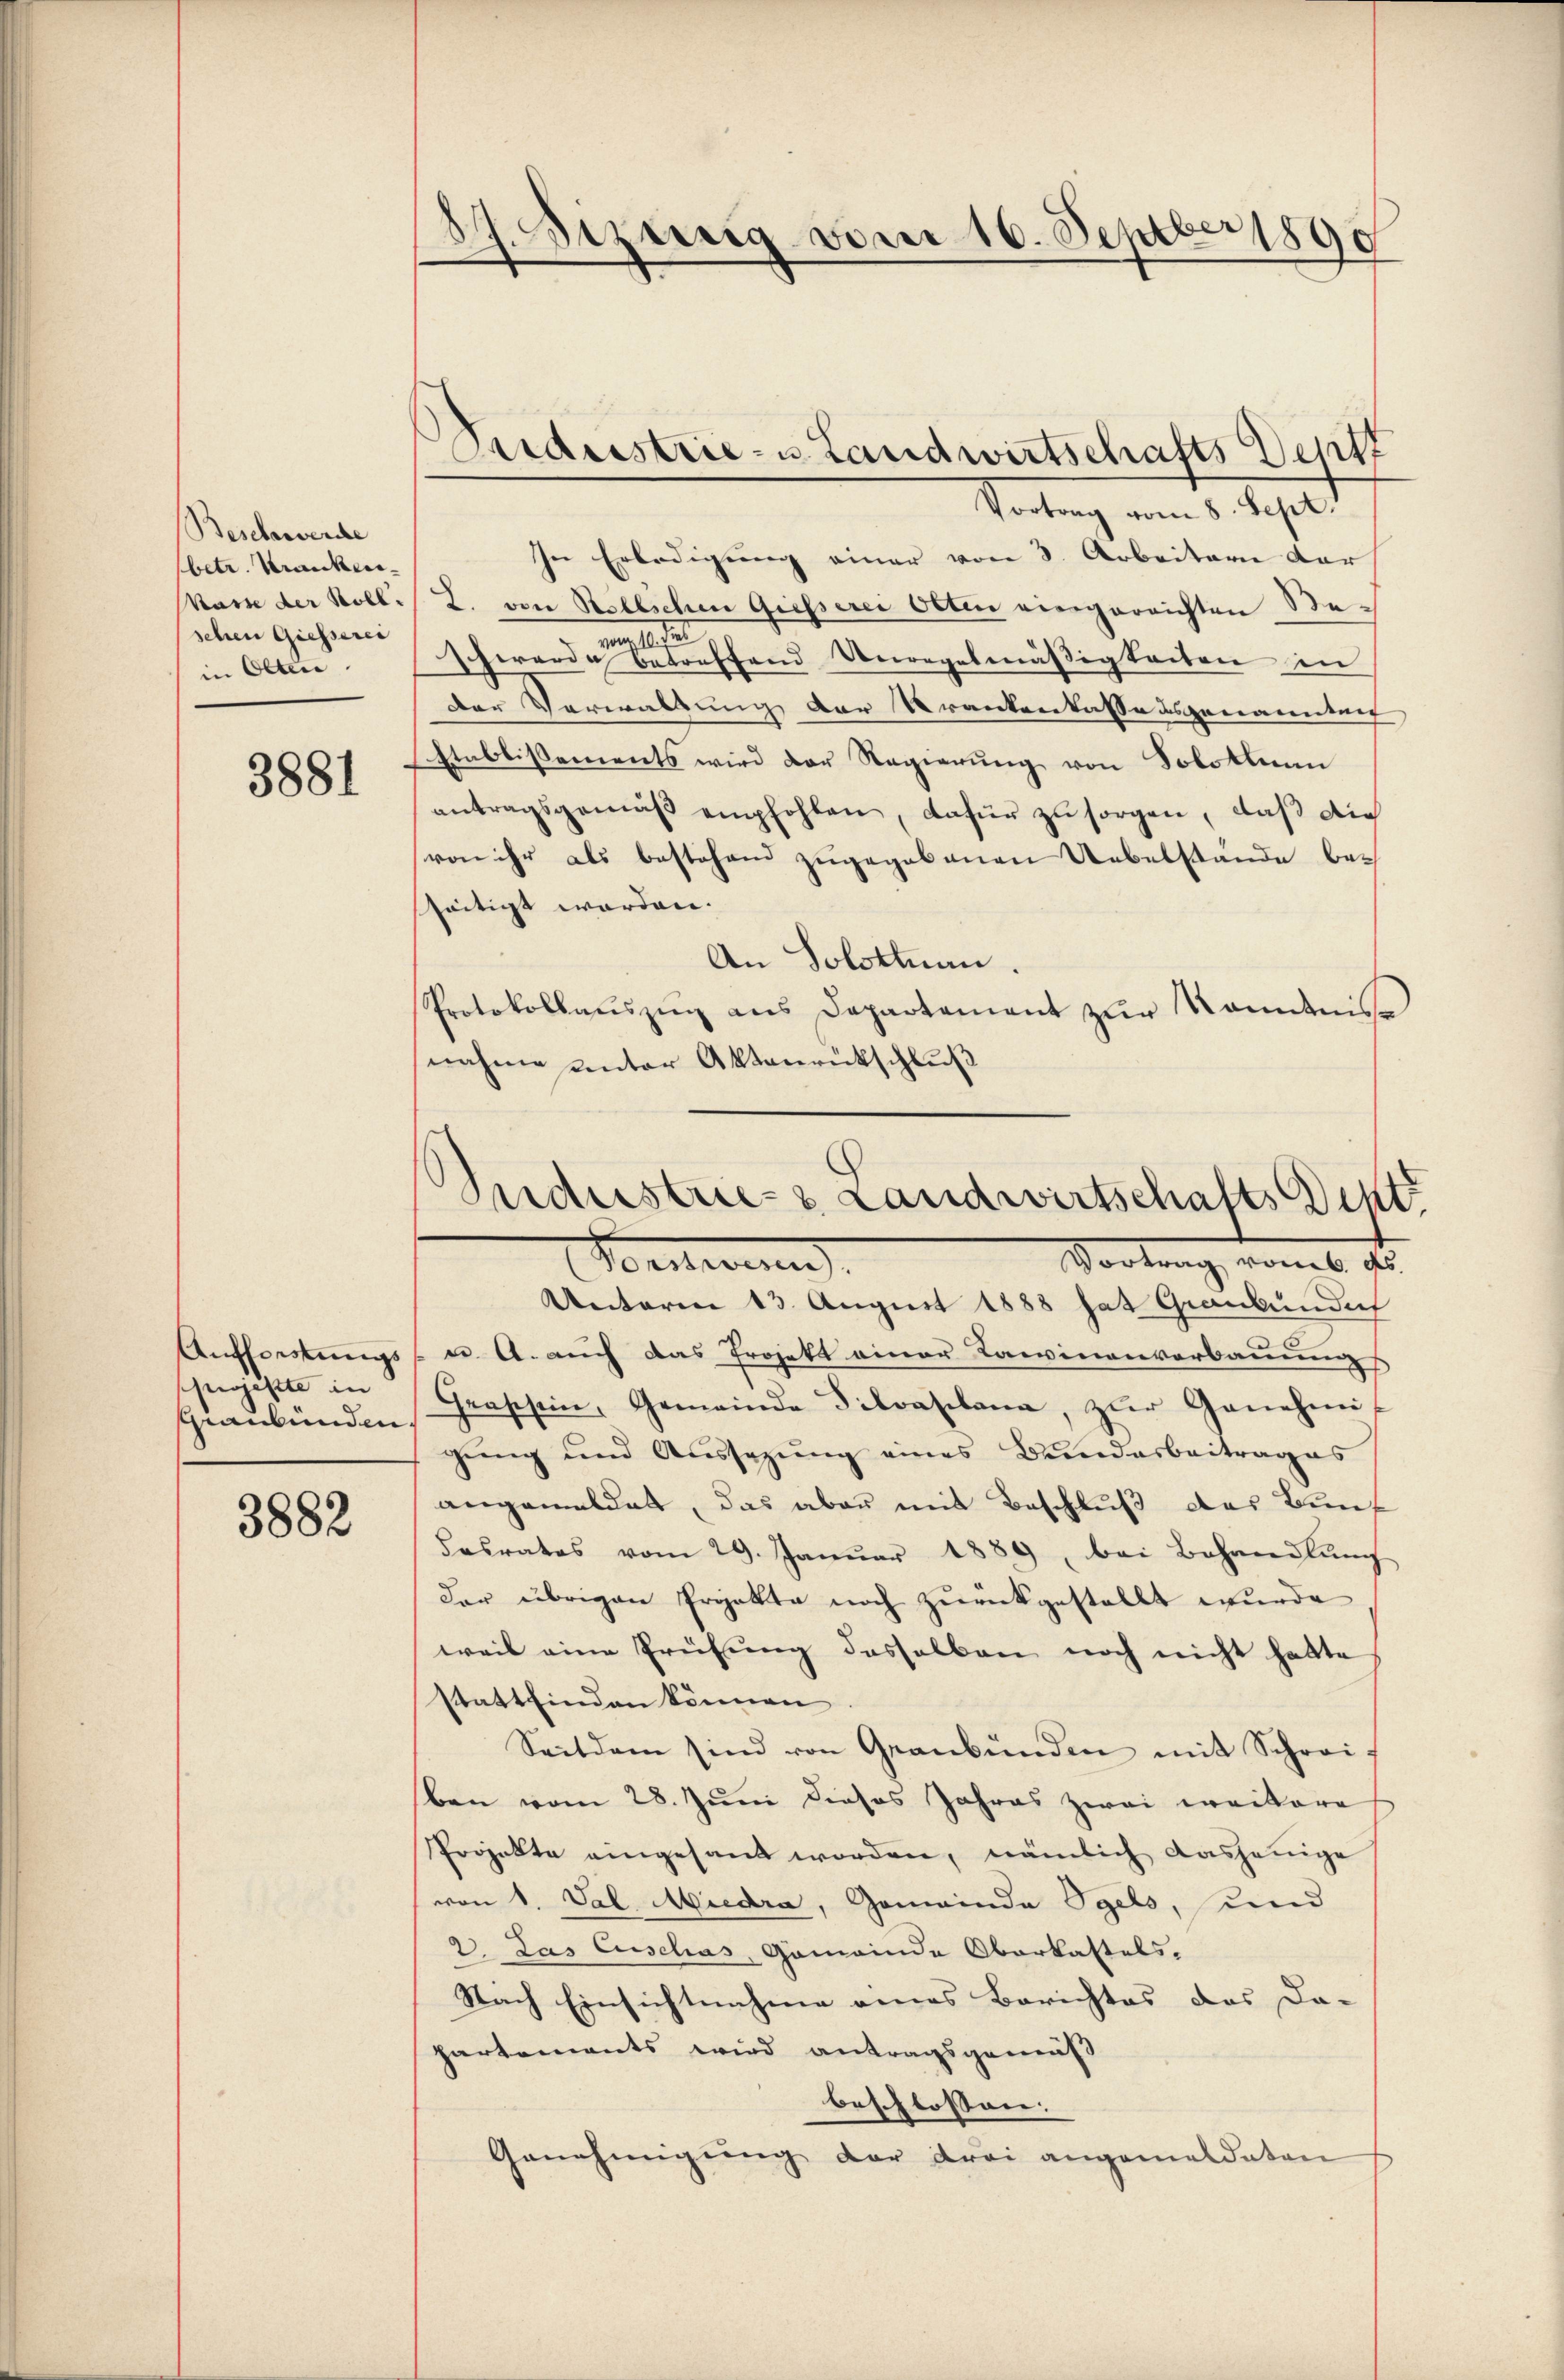
Beschwerde
betr. Kranken
kasse der Koll
sehen Giesserei
in Olten

3881

Aufforstungs
projekte in
Graubünden

3882

8. Sizung vom 16. Septer 1890

Sardistrie- u Landwirtschafts Deptt

Vortrag vom 8. Sept.
In Erledigŭng einer von 3. Arbeitern dar
L. von Rellschen Giesserei Otten eingereichten Bee
n
Schwerde betreffend Unregelmäßigkeiten in
Der Verwaltung der Krankenkassausgenannten
Etablissements wird der Regierŭng von Solothurn
antragsgemäß empfohlen, dafür zu sorgen, daß die
von ihr als bestehend zugegebenen Uebelstände be-
szeitigt worden.
An Solothurn
Protokollaŭszŭg ans Departement zŭr Kenntnis-
nahme unter Aktenrückschluß

Guderstrie- & Landwirtschafts Dist

Vortrag, womit das
Portigen
Unteren 13. August 1888 hat Graubünden
u. A. auch das Projekt einer Lawinenverbauung
Gras sein, Gemeinde Silvaplana, zŭr Genehmi-
gung und Aussagung eines Bundarbeitrages
angemeldet, das aber mit Beschluß das Bunt
Fasrates vom 29. Janŭar 1889, bei Behandlŭng
der übrigen Projekte noch zurückgestellt wurde
weil eine Prüfung desselben noch nicht hatte
stattfinden können
Seitdem sind von Graubünden mit Schrei-
ben vom 28. Juni dieses Jahres zwei weitere
Projekte eingesandt worden, nämlich dasjenige
von 1. Val Miedra, Gemeinde Igels, und
2. Das Cuschas Gemeinde Oberkastels.
Nach Einsichtnahme eines Berichtes das Da-
partements wird antragsgemäß
beschlossen:
Genehmigung der drei angemeldeten